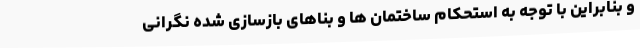
و بنابراین با توجه به استحکام ساختمان ها و بناهای بازسازی شده نگرانی